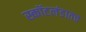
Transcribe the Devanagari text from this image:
स्कॉटलंडातच